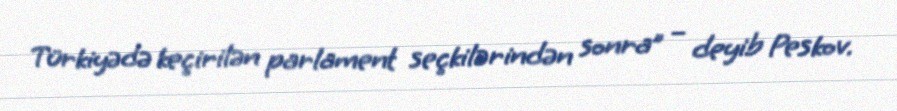
Türkiyədə keçirilən parlament seçkilərindən sonra” – deyib Peskov.